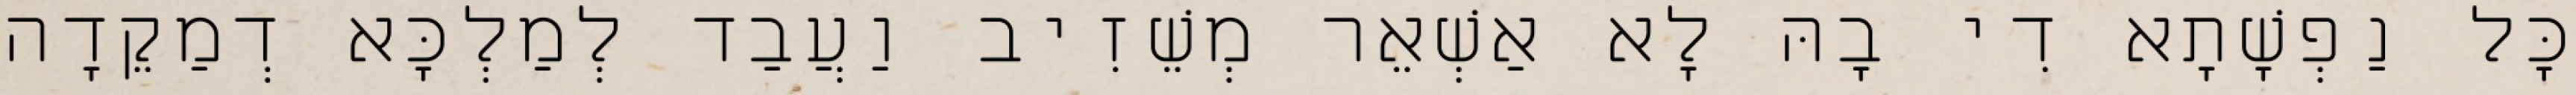
כָּל נַפְשָׁתָא דִי בָהּ לָא אַשְׁאֵר מְשֵׁזִיב וַעֲבַד לְמַלְכָּא דְמַקֵדָה